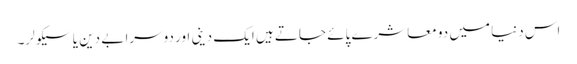
اس دنیا میں دو معاشرے پائے جاتے ہیں ایک دینی اور دوسرا بے دین یا سیکولر۔